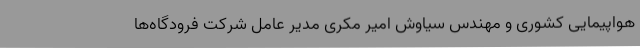
هواپیمایی کشوری و مهندس سیاوش امیر مکری مدیر عامل شرکت فرودگاه‌ها